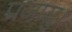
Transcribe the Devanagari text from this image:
प्रजासु।